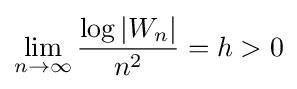
\lim _{n\to \infty }{\frac {\log |W_{n}|}{n^{2}}}=h>0